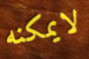
لايمكنه